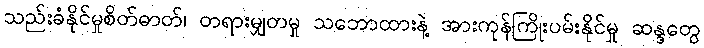
သည်းခံနိုင်မှုစိတ်ဓာတ်၊ တရားမျှတမှု သဘောထားနဲ့ အားကုန်ကြိုးပမ်းနိုင်မှု ဆန္ဒတွေ